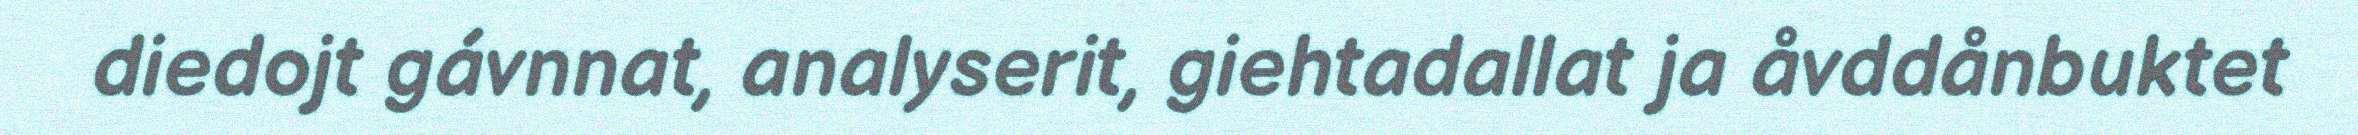
diedojt gávnnat, analyserit, giehtadallat ja åvddånbuktet